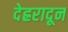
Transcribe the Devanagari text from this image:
देह्ररादून